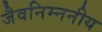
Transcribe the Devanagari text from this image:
जैवनिम्ननीय